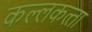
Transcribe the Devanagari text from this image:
कल्‍लकत्‍ता